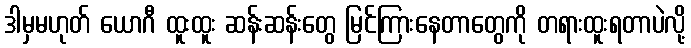
ဒါမှမဟုတ် ယောဂီ ထူးထူး ဆန်းဆန်းတွေ မြင်ကြားနေတာတွေကို တရားထူးရတာပဲလို့